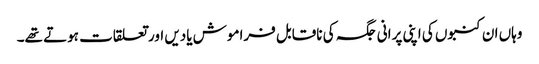
وہاں ان کنبوں کی اپنی پرانی جگہ کی ناقابل فراموش یادیں اور تعلقات ہوتے تھے۔